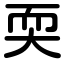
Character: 耎